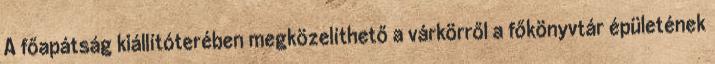
A főapátság kiállítóterében megközelíthető a várkörről a főkönyvtár épületének